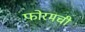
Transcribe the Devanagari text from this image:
फोरमची